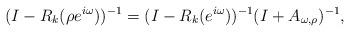
LaTeX: \begin{align*} (I-R_k(\rho e^{i\omega}))^{-1}=(I-R_k(e^{i\omega}))^{-1}(I+A_{\omega,\rho})^{-1},\end{align*}